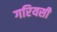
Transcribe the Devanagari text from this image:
गरियसी